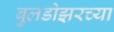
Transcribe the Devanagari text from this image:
बुलडोझरच्या